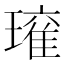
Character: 𭹾